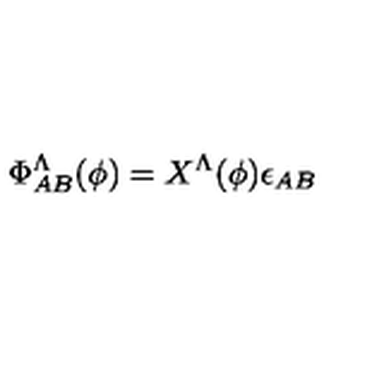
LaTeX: \Phi _ { A B } ^ { \Lambda } ( \phi ) = X ^ { \Lambda } ( \phi ) \epsilon _ { A B }